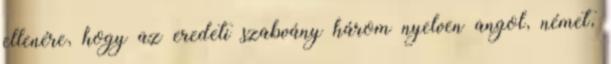
ellenére, hogy az eredeti szabvány három nyelven angol, német,